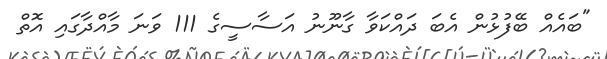
"ބައެއް ބޭފުޅުން އެބަ ދައްކަވާ ގާނޫނު އަސާސީގެ 111 ވަނަ މާއްދާގައި އޮތް